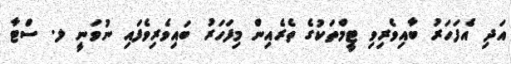
އަދި އެފަހަރު ބާއިވެރިވި ޓީމްތަކުގެ ތެރެއިން މިފަހަރު ބައިވެރިވެފައި ނުވަނީ ލ. ސްޓާ